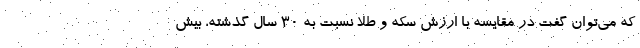
كه مي‌توان گفت در مقايسه با ارزش سكه و طلا نسبت به ۳۰ سال گذشته، بيش